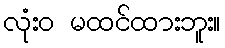
လုံးဝ မထင်ထားဘူး။